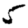
Digit: 5